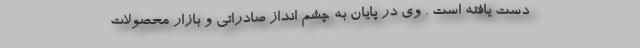
دست يافته است . وي در پايان به چشم انداز صادراتي و بازار محصولات